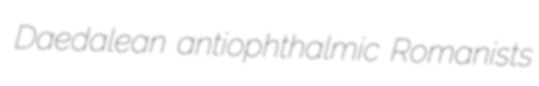
Daedalean antiophthalmic Romanists